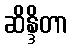
ဆိန္ဒိတာ